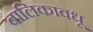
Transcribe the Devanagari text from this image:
बालिकावधू